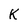
Character: K